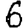
Digit: 6